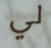
لي